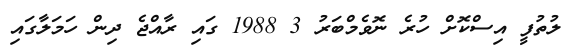
ލުތުފީ އިސްކޮށް ހުރެ ނޮވެމްބަރު 3 1988 ގައި ރާއްޖެ ދިން ހަމަލާގައި